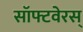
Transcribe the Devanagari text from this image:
सॉफ्टवेरस्